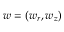
\boldsymbol { w } = ( w _ { r } , w _ { z } )